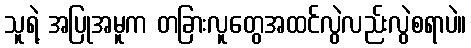
သူရဲ့ အပြုအမူက တခြားလူတွေအထင်လွဲလည်းလွဲစရာပဲ။